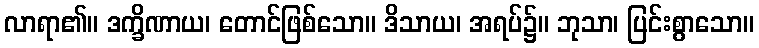
လာရာ၏။ ဒက္ခိဏာယ၊ တောင်ဖြစ်သော။ ဒိသာယ၊ အရပ်၌။ ဘုသာ၊ ပြင်းစွာသော။